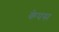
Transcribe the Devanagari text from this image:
केपस